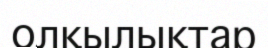
олқылықтар